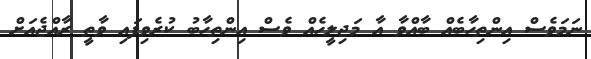
ނަމަވެސް އިންތިހާބެއް ބާއްވާ އާ މަޖިލީހެއް ވެސް އިންތިހާބު ކުރެވިފައި ވާތީ ރާއްޖެއަށް